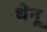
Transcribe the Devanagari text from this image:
धेनू